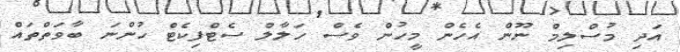
އަދި މުސްލިމް ނޫން އެހެން މީހުން ވެސް ހަލާލް ސެޓްފިކެޓް ހުންނަ ބާވަތްތައް